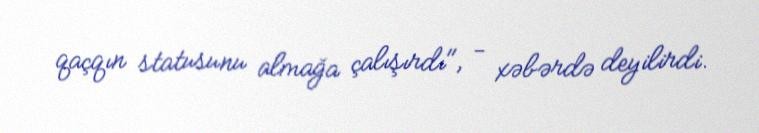
qaçqın statusunu almağa çalışırdı", - xəbərdə deyilirdi.